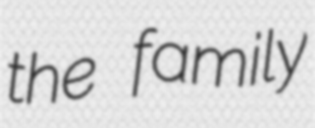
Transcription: the family